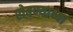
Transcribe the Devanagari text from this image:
रोबण्याच्या